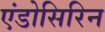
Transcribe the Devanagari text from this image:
एंडोसिरिन